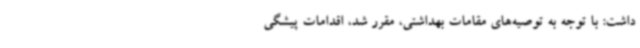
داشت: با توجه به توصیه‌های مقامات بهداشتی، مقرر شد، اقدامات پیشگی